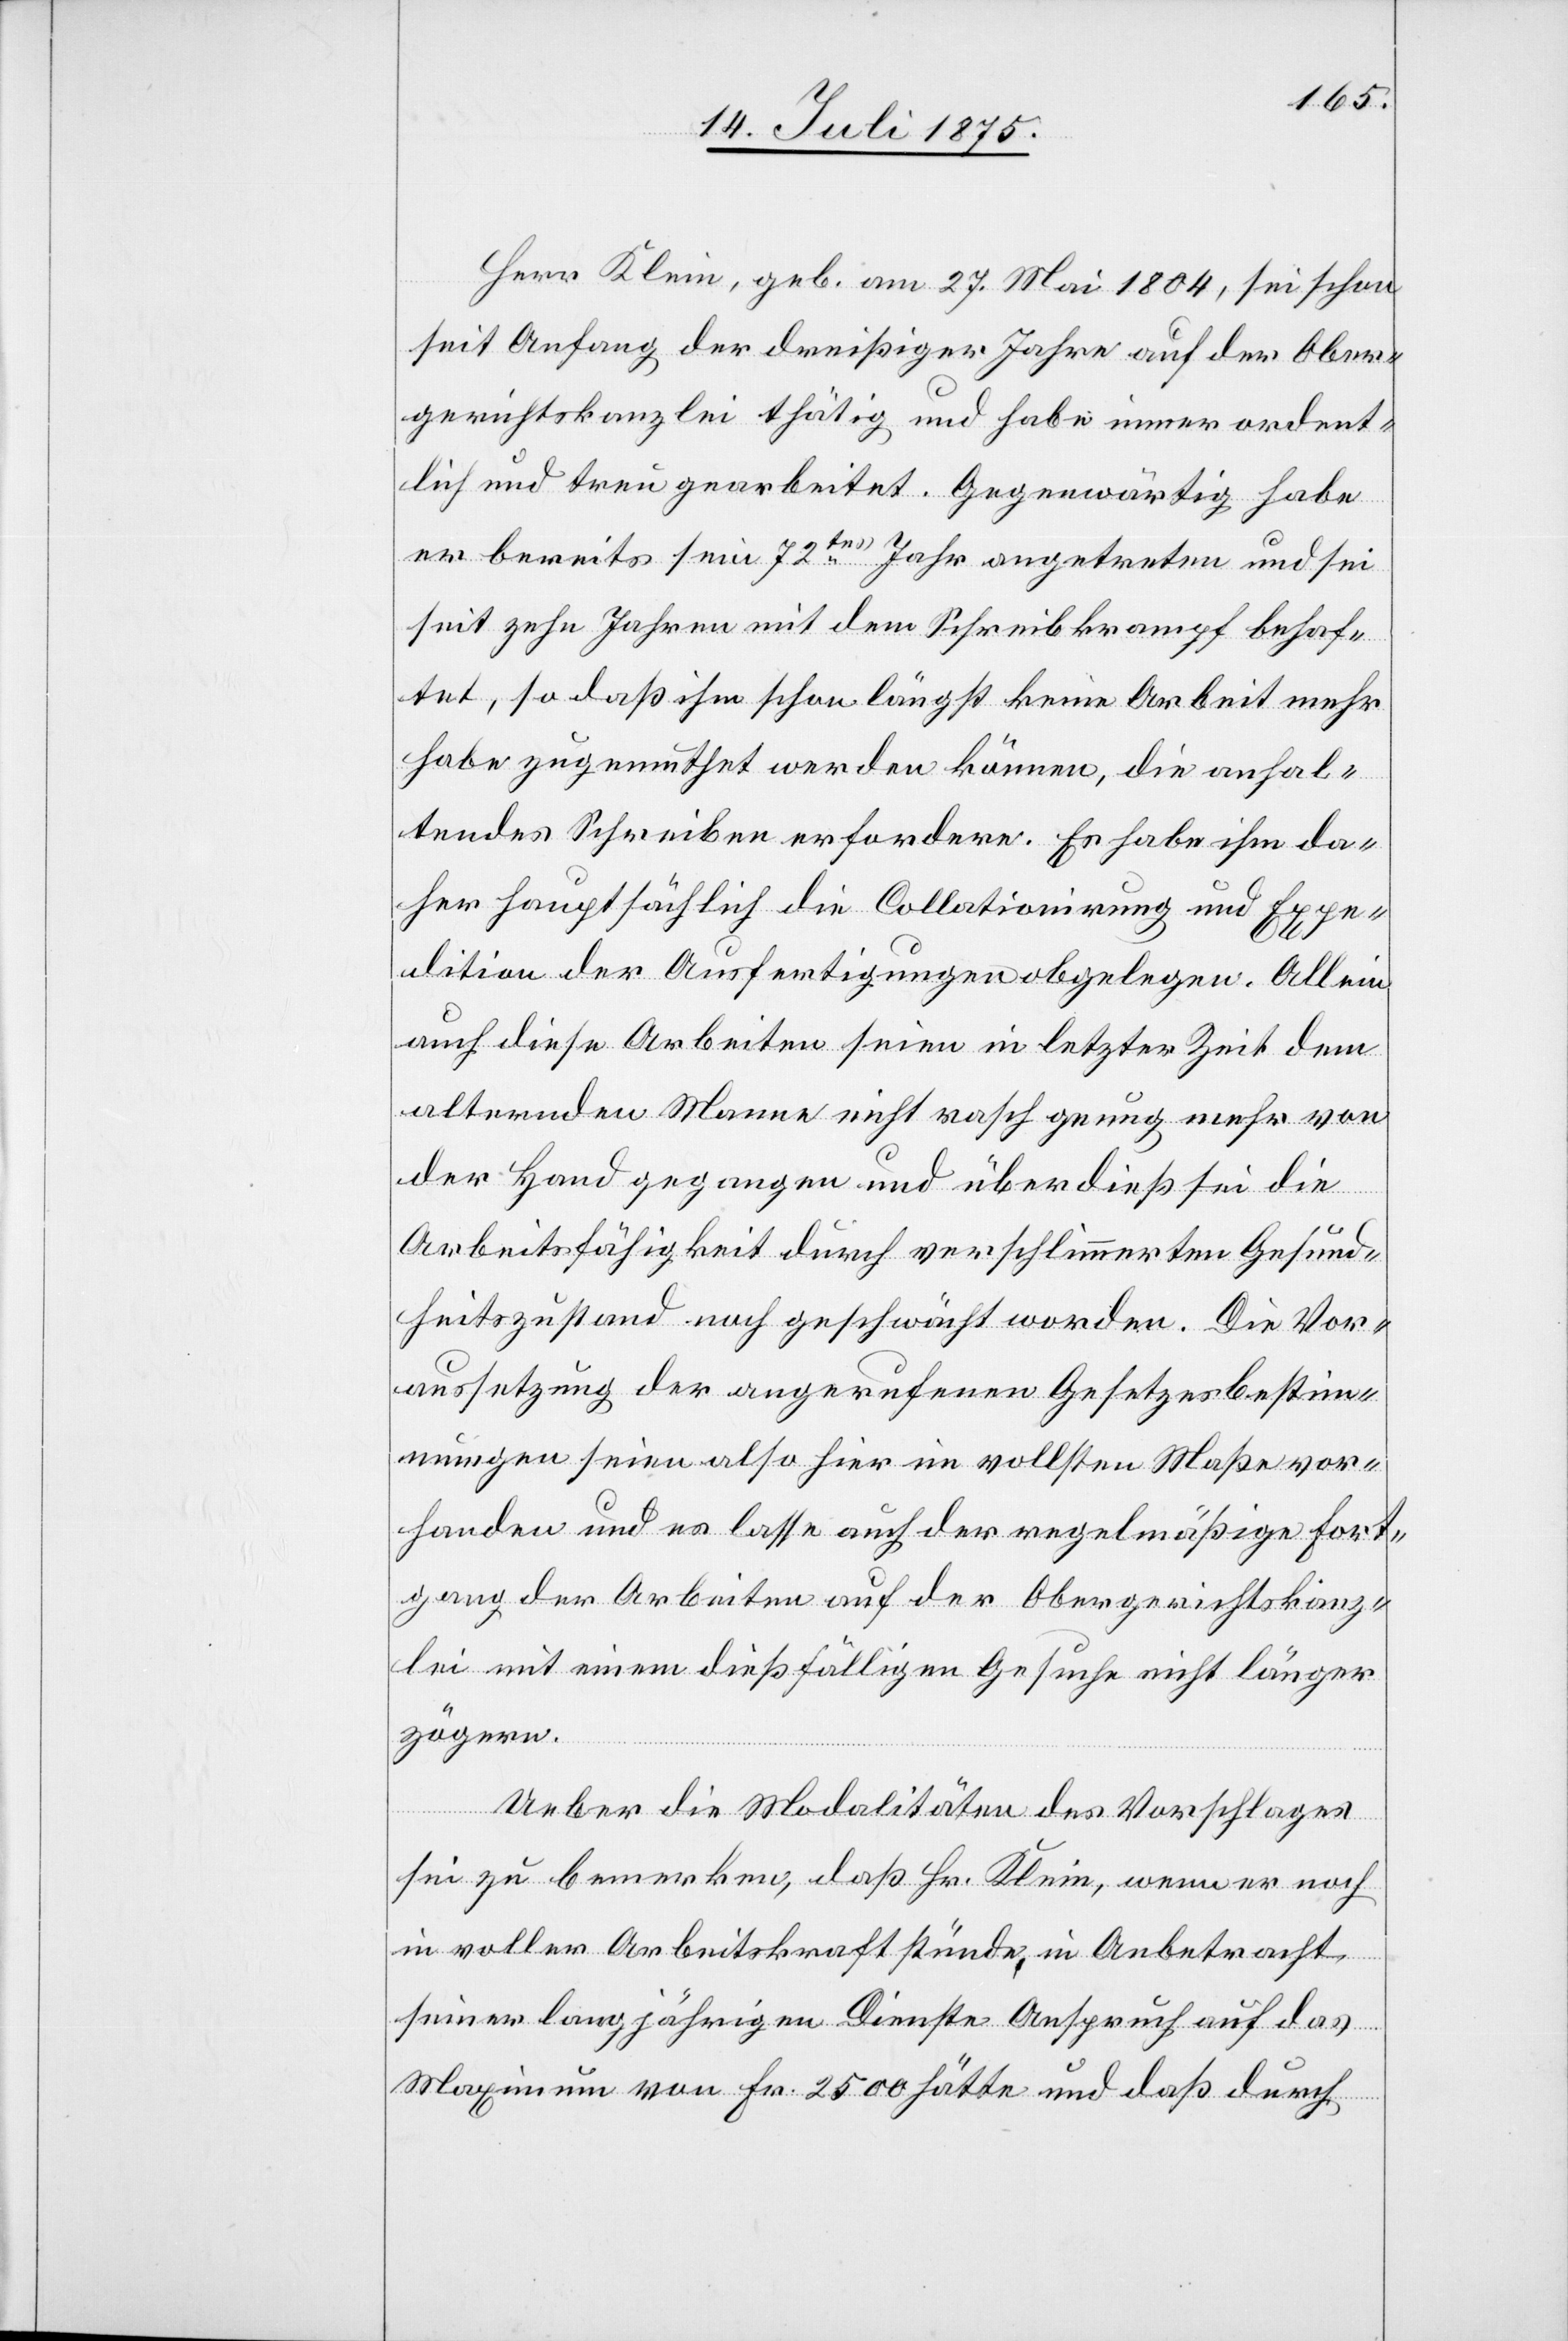
Herr Klein, geb. am 27. Mai 1804, sei schon
seit Anfang der dreißiger Jahre auf der Ober¬
gerichtskanzlei thätig und habe immer ordent¬
lich und treu gearbeitet. Gegenwärtig habe
er bereits sein 72tes Jahr angetreten und sei
seit zehn Jahren mit dem Schreibkrampf behaf¬
tet, so daß ihm schon längst keine Arbeit mehr
habe zugemuthet werden können, die anhal¬
tendes Schreiben erfordere. Es habe ihm da¬
her hauptsächlich die Collationirung und Expe¬
dition der Ausfertigungen obgelegen. Allein
auch diese Arbeiten seien in letzter Zeit dem
alternden Manne nicht rasch genug mehr von
der Hand gegangen und über dieß sei die
Arbeitsfähigkeit durch verschlimmerten Gesund¬
heitszustand noch geschwächt worden. Die Vor¬
aussetzung der angerufenen Gesetzesbestim¬
mungen seien also hie in vollsten Maße vor¬
handen und es lasse auch der regelmäßige Fort¬
gang der Arbeiten auf der Obergerichtskanz¬
lei mit einem dießfälligen Gesuche nicht länger
zögern.
Ueber die Modalitäten des Vorschlages
sei zu bemerken, daß Hr. Klein, wenn er noch
in voller Arbeitskraft stünde in Anbetracht
seiner langjährigen Diensten Anspruch auf das
Maximum von Fr. 2500 hätte und daß durch